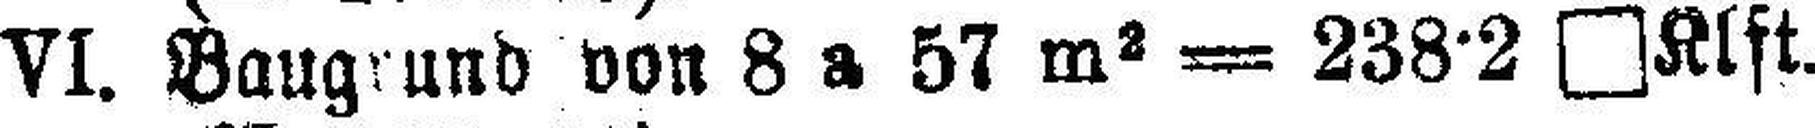
VI. Baugrund von 8 a 57 m2 = 238·2 □Klft.